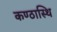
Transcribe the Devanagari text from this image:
कण्ठास्थि